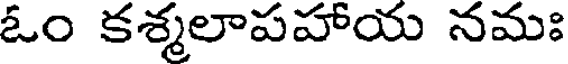
ఓం కశ్మలాపహాయ నమః